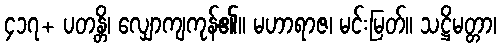
၄၁၇+ ပတန္တိ၊ လျှောကျကုန်၏။ မဟာရာဇ၊ မင်းမြတ်။ သဋ္ဌိမတ္တာ၊